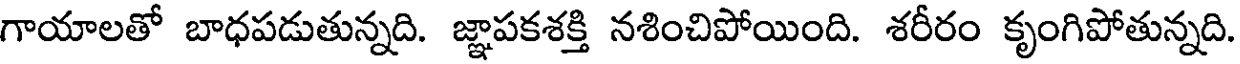
గాయాలతో బాధపడుతున్నది. జ్ఞాపకశక్తి నశించిపోయింది. శరీరం కృంగిపోతున్నది.